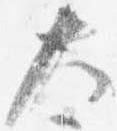
大